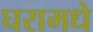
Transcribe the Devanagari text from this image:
घरामधे